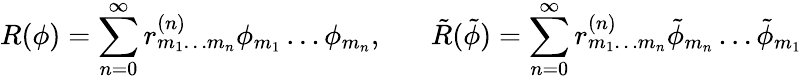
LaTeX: R(\phi)=\sum_{n=0}^{\infty}r_{m_{1}\ldots m_{n}}^{(n)}\phi_{m_{1}}\ldots\phi_{m_{n}},\; \; \; \; \; \; \tilde{R}(\tilde{\phi})=\sum_{n=0}^{\infty}r_{m_{1}\ldots m_{n}}^{(n)}\tilde{\phi}_{m_{n}}\ldots\tilde{\phi}_{m_{1}}